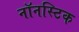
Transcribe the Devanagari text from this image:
नॉनस्टिक